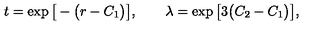
t = \exp \big [ - \big ( r - C _ { 1 } \big ) \big ] , \qquad \lambda = \exp \big [ 3 \big ( C _ { 2 } - C _ { 1 } \big ) \big ] ,